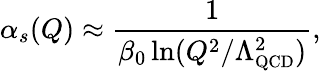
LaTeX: \alpha_{s}(Q)\approx{\frac{1}{\beta_{0}\ln({Q^{2}/\Lambda_{\small\mathrm{QCD}}^{2}})}},